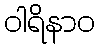
ဝါရိနာဝ